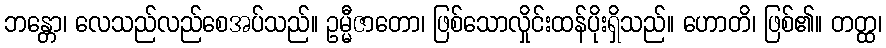
ဘန္တော၊ လေသည်လည်စေအပ်သည်။ ဥမ္မီဇာတော၊ ဖြစ်သောလှိုင်းထန်ပိုးရှိသည်။ ဟောတိ၊ ဖြစ်၏။ တတ္ထ၊